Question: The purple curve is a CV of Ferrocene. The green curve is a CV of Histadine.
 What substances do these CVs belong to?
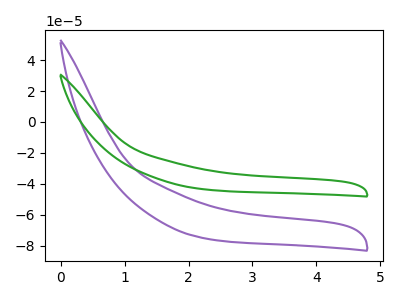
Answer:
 <answer>The purple curve is labeled "Ferrocene". The green curve is labeled "Histadine".</answer>
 <eval></eval>